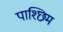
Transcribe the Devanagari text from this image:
पाश्छिम